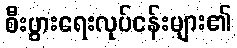
စီးပွားရေးလုပ်ငန်းများ၏